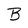
Character: B